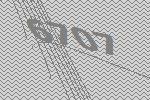
6707